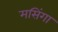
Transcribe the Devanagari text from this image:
मसिंगा